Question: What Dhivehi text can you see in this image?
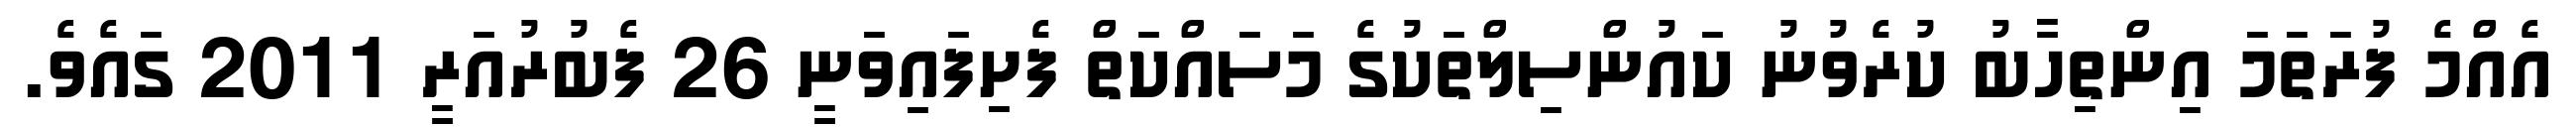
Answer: އެއްމެ ފުރަތަމަ އިންތިހާބު ކުރެވުނު ކައުންސިލްތަކުގެ މަސައްކަތް ފެށިފައިވަނީ 26 ފެބުރުއަރީ 2011 ގައެވެ.